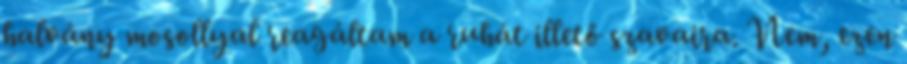
halvány mosollyal reagáltam a ruhát illető szavaira. Nem, ezen